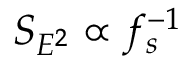
S _ { E ^ { 2 } } \propto f _ { s } ^ { - 1 }